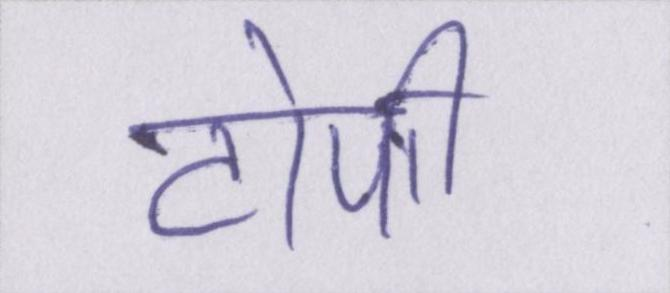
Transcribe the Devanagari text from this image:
टोपी।